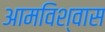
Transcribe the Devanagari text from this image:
आमविश्वास